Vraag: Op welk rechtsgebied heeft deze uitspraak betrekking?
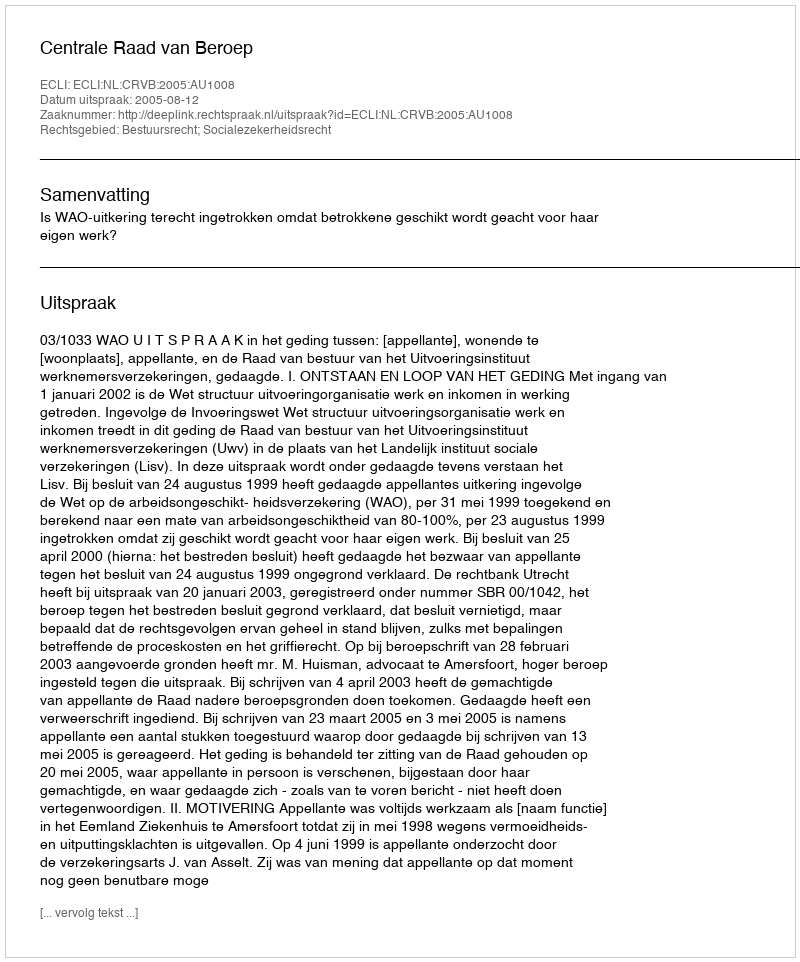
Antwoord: Bestuursrecht; Socialezekerheidsrecht